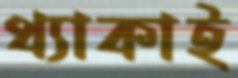
থ্যাকাই